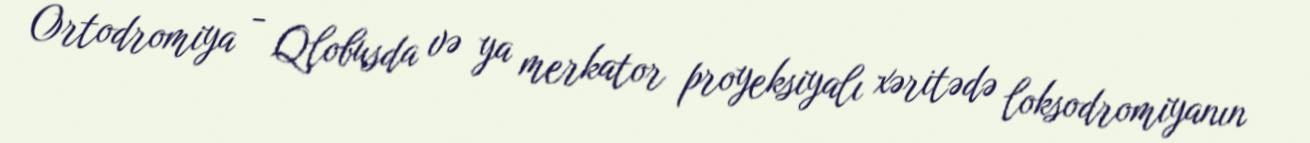
Ortodromiya - Qlobusda və ya merkator proyeksiyalı xəritədə loksodromiyanın